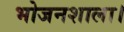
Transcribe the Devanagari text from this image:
भोजनशाला।